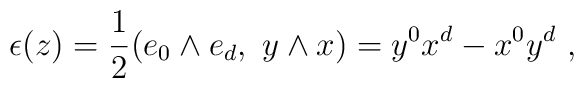
\epsilon(z) = {1\over 2}(e_0\wedge e_d,\ y\wedge x) = y^0 x^d - x^0 y^d\ ,